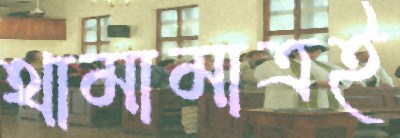
থামামাত্রই